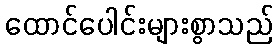
ထောင်ပေါင်းများစွာသည်